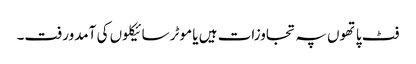
فٹ پاتھوں پہ تجاوزات ہیں یا موٹر سائیکلوں کی آمدورفت۔